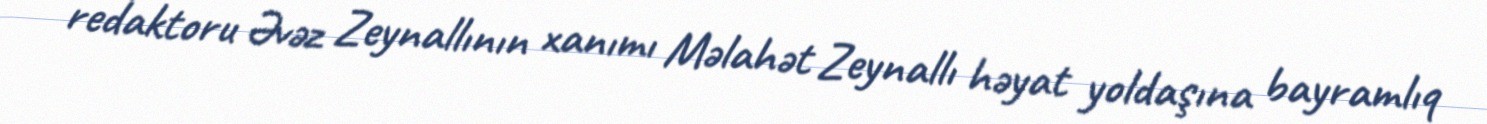
redaktoru Əvəz Zeynallının xanımı Məlahət Zeynallı həyat yoldaşına bayramlıq